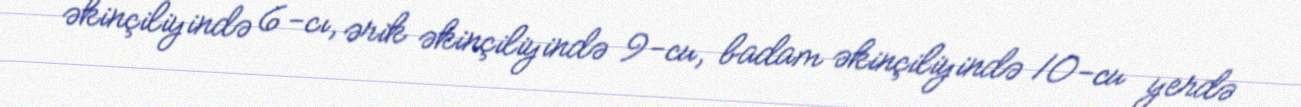
əkinçiliyində 6-cı, ərik əkinçiliyində 9-cu, badam əkinçiliyində 10-cu yerdə